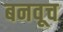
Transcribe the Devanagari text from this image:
बनवूच